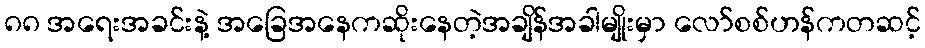
၈၈ အရေးအခင်းနဲ့ အခြေအနေကဆိုးနေတဲ့အချိန်အခါမျိုးမှာ လော်စစ်ဟန်ကတဆင့်